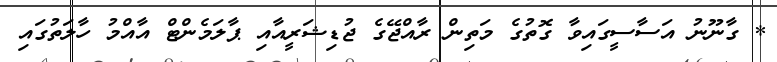
* ގާނޫނު އަސާސީގައިވާ ގޮތުގެ މަތިން ރާއްޖޭގެ ޖުޑިޝަރީއާއި ޕާލަމެންޓް އާއްމު ހާލަތުގައި